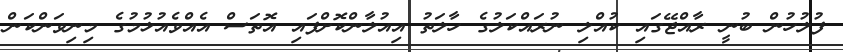
ފުލުހުން ބުނީ ރާއްޖޭގައި ކުއްލި ނުރައްކަލުގެ ހާލަތު އިއުލާންކޮށްފައި އޮތަސް އެއްވެއުޅުމުގެ މިނިވަންކަން